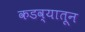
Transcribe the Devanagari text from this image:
कडव्यातून